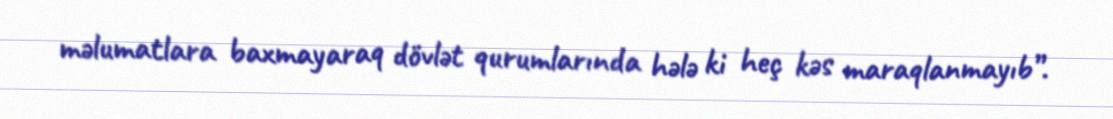
məlumatlara baxmayaraq dövlət qurumlarında hələ ki heç kəs maraqlanmayıb”.